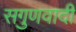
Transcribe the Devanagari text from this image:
सगुणवादी